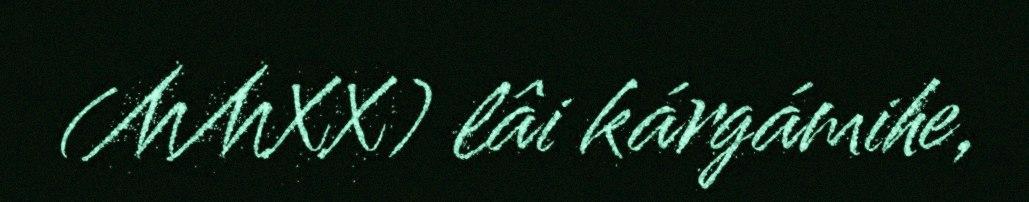
(MMXX) lâi kárgámihe,